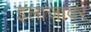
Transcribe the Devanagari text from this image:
इलाजावर